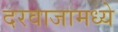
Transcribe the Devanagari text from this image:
दरवाजामध्ये